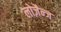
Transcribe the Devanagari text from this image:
लोज़ैन्ज